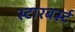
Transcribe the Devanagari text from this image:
स्टारबर्स्ट